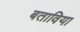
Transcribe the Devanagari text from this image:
बताविया